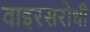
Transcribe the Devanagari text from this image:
वाइरसरोधी